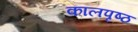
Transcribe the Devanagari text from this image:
कालपृष्ठ